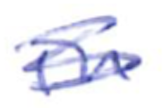
Text: in
Cross-out: scratch
Writing tool: ballpoint